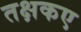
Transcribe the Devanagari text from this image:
तक्षकए